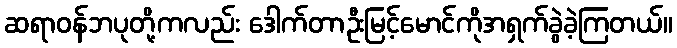
ဆရာဝန်ဘပုတို့ကလည်း ဒေါက်တာဦးမြင့်မောင်ကိုအရှက်ခွဲခဲ့ကြတယ်။